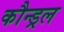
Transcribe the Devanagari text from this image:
कौन्ड्रल